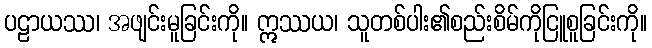
ပဠာယဿ၊ အဖျင်းမူခြင်းကို။ ဣဿယ၊ သူတစ်ပါး၏စည်းစိမ်ကိုငြူစူခြင်းကို။